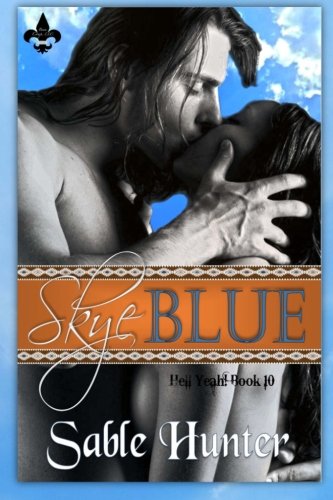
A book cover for Skye Blue (Hell Yeah!) (Volume 10); Sable Hunter; Romance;